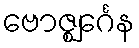
ဗောဇ္ဈင်္ဂေန